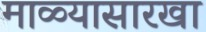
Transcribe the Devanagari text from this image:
माळ्यासारखा